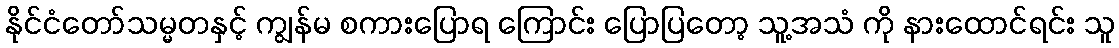
နိုင်ငံတော်သမ္မတနှင့် ကျွန်မ စကားပြောရ ကြောင်း ပြောပြတော့ သူ့အသံ ကို နားထောင်ရင်း သူ